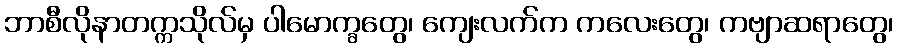
ဘာစီလိုနာတက္ကသိုလ်မှ ပါမောက္ခတွေ၊ ကျေးလက်က ကလေးတွေ၊ ကဗျာဆရာတွေ၊